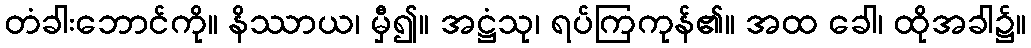
တံခါးဘောင်ကို။ နိဿာယ၊ မှီ၍။ အဋ္ဌံသု၊ ရပ်ကြကုန်၏။ အထ ခေါ၊ ထိုအခါ၌။